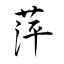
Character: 萍